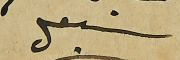
سبعل